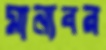
মান্যবর